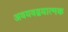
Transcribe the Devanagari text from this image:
अवयवद्वयात्मक